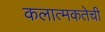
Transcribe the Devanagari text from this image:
कलात्मकतेची